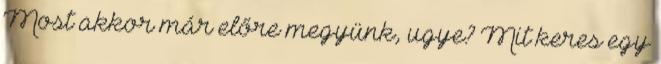
Most akkor már előre megyünk, ugye? Mit keres egy